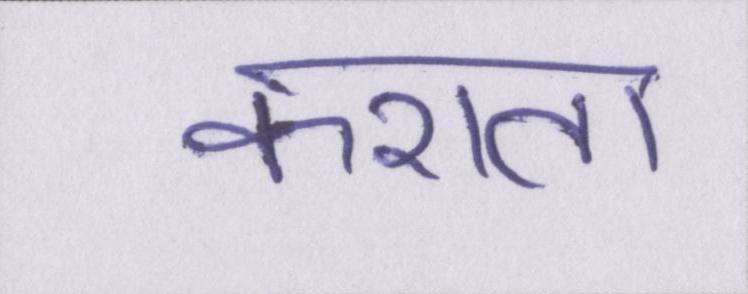
कराता